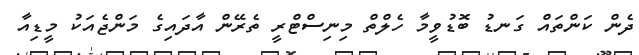
ދެން ކަންތައް ގަނޑު ބޮޑުވީމާ ހެލްތް މިނިސްޓްރީ ތެރޭން އާދައިގެ މަންޖެއަކު މީޑިއާ